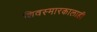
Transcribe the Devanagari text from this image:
शिवस्मारकालाही